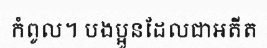
កំពូល។ បងប្អូនដែលជាអតីត